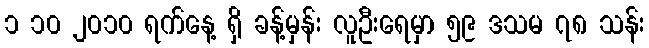
၁ ၁၀ ၂၀၁၀ ရက်နေ့ ရှိ ခန့်မှန်း လူဦးရေမှာ ၅၉ ဒသမ ၇၈ သန်း